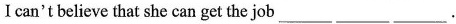
Ican't believe that she can get the job ___ ___ ___.